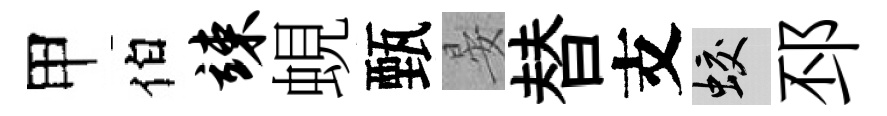
甲伯竦蜆甄晏替支蛟邳